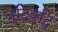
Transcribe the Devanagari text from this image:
बुद्धिवृद्धि